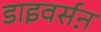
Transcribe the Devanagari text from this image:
डाइवर्सऩ